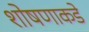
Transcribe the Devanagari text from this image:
शोषणाकडे